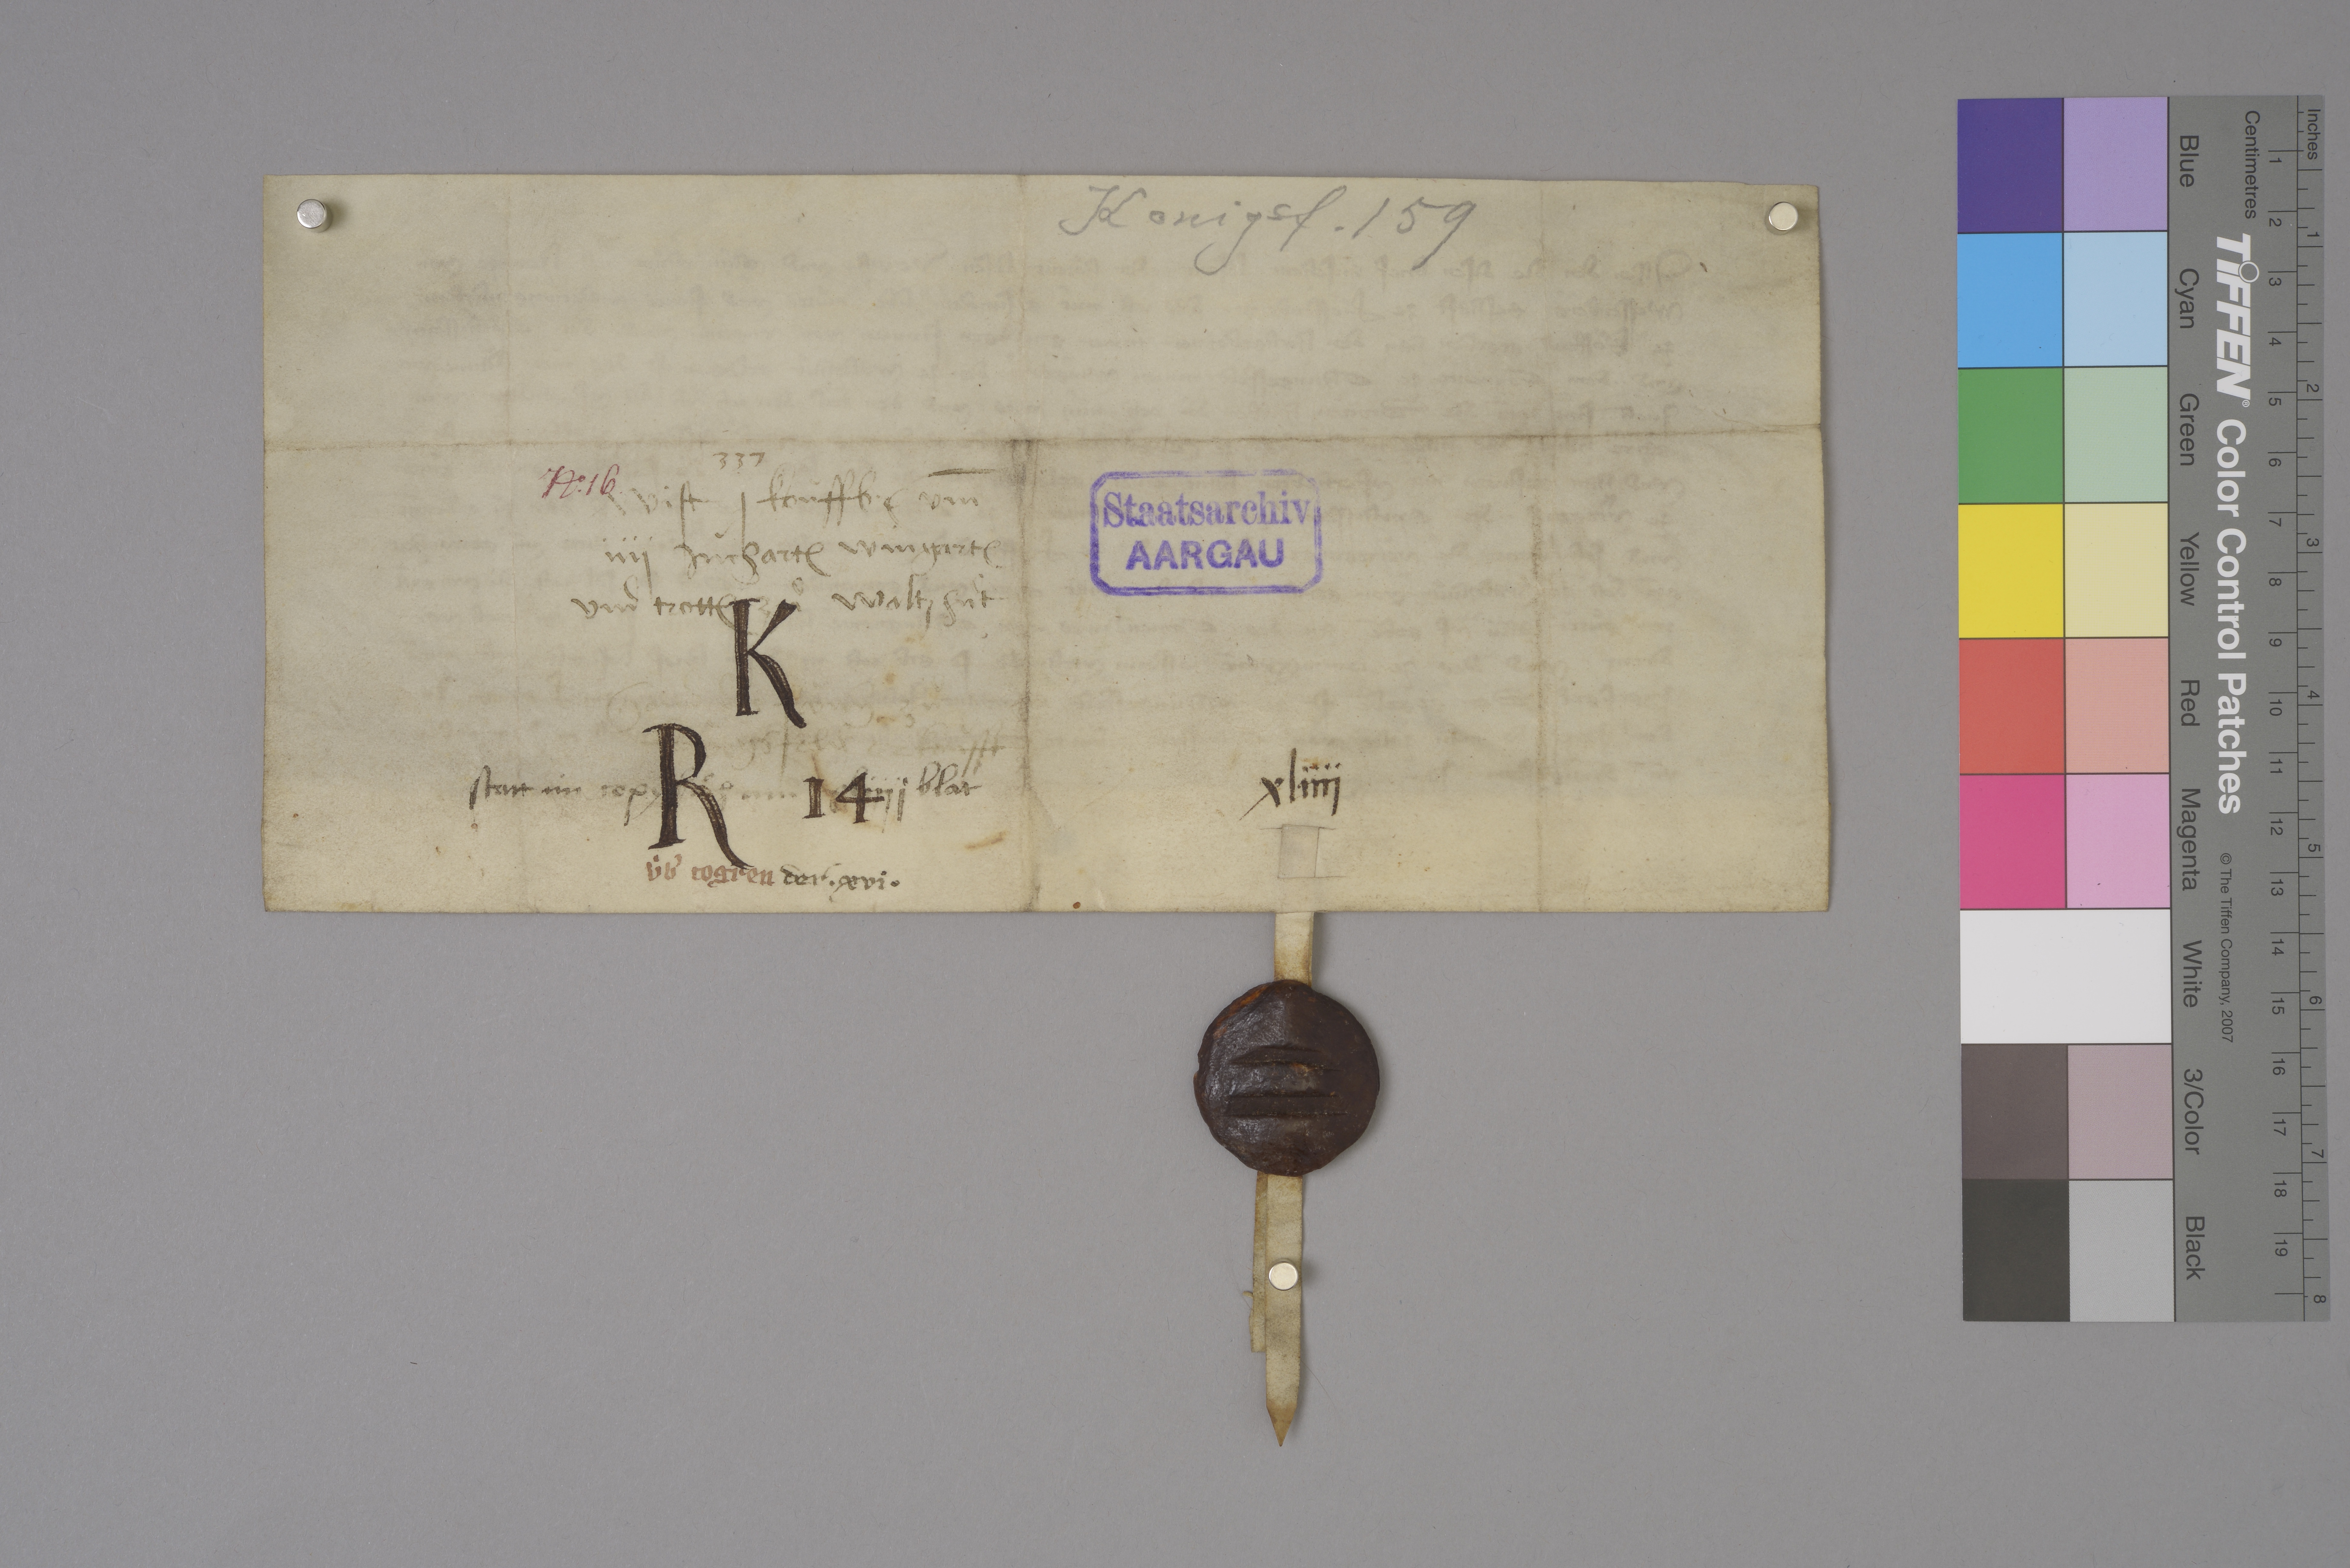
Konigsf. 159

337

Nͦ✳ 16 ✳

wist j koùffbr₎ um̄
iiij jùchart₎ wingart₎
und trott₎ zuͦ Waltzhuͦt
hand die froͧwn̄ zuͦ
Kùngsfeld₎ erkoùfft

Staatsarchiv
AARGAU

K
R 14

xliij

statt im copybuͦch am xliij blat

ùbˀ Togren

der ✳ xvj ✳